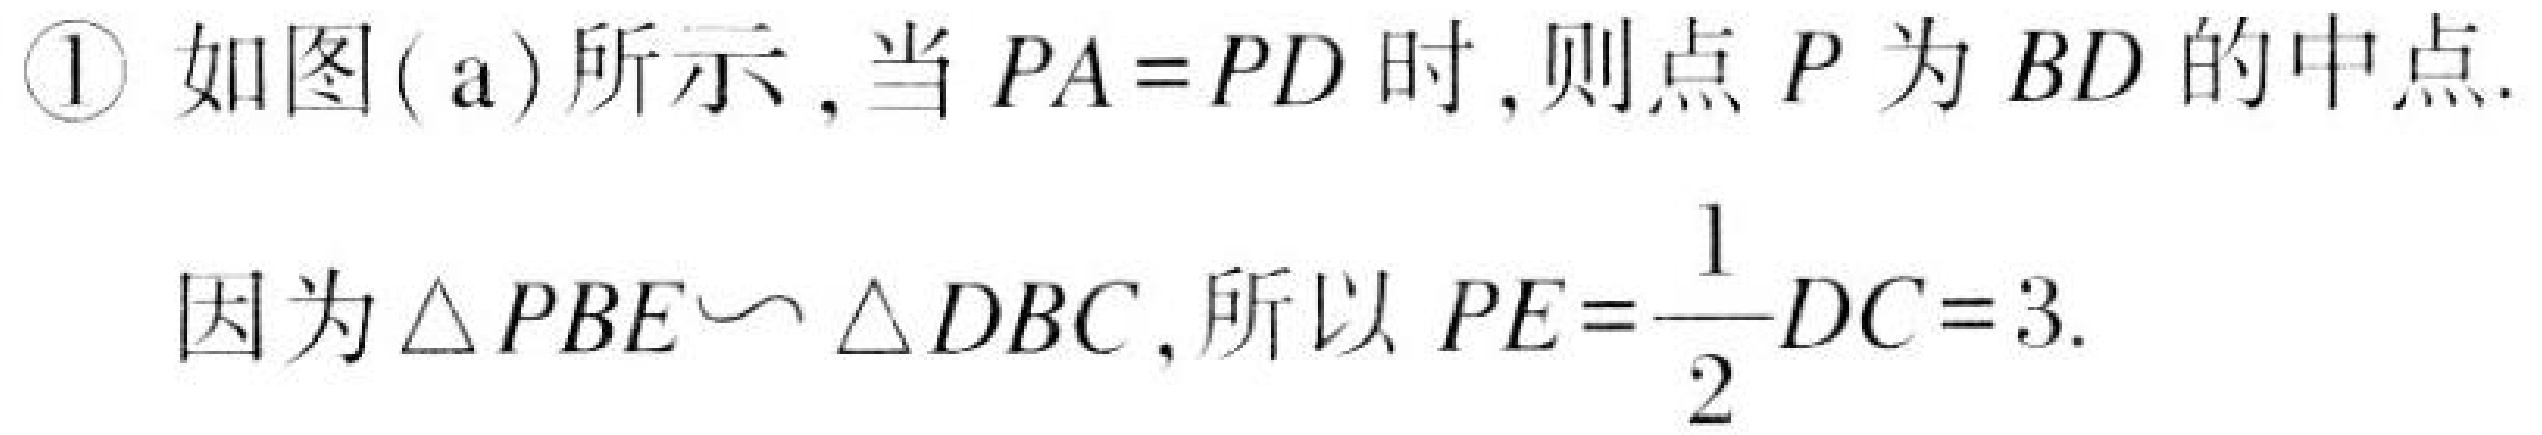
\textcircled{1} 如图( a)所示,当\(PA = PD\)时,则点\(P\)为\(BD\)的中点.
因为\(\triangle PBE\sim\triangle DBC\),所以\(PE=\dfrac{1}{2}DC = 3\).